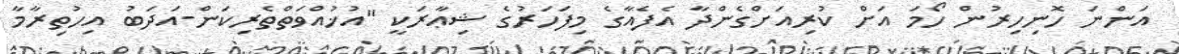
އަންނަ ހޮނިހިރުން ހޯމަ އަށް ކުރިއަށްގެންދާ އެފެއާގެ މިފަހަރުގެ ޝިޢާރަކީ "އުޚުއްވަތްތެރިކަން-އަދަބު އިހުތިރާމާ